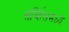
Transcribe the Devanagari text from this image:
सर्व्हिसमध्ये